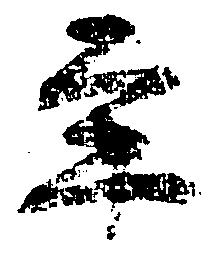
事